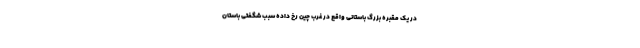
در یک مقبره بزرگ باستانی واقع در غرب چین رخ داده سبب شگفتی باستان